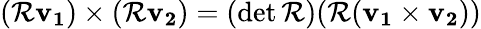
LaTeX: (\mathcal{R}\mathbf{{v_{1}}})\times(\mathcal{R}\mathbf{{v_{2}}})=(\operatorname*{det}\mathcal{R})(\mathcal{R}(\mathbf{{v_{1}}}\times\mathbf{{v_{2}}}))